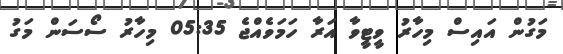
މަގުން އައިސް މިހާރު ވީޓީވާ އަރާ ހަމަވެއްޖެ 05:35 މިހާރު ސޯސަން މަގު